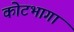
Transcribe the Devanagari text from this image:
कोटभागा